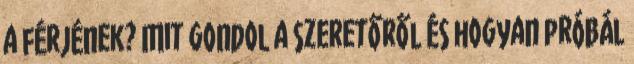
a férjének? Mit gondol a szeretőről és hogyan próbál